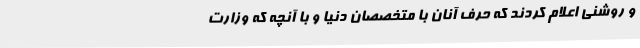
و روشنی اعلام کردند که حرف آنان با متخصصان دنیا و با آنچه که وزارت